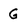
Character: G